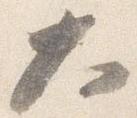
大